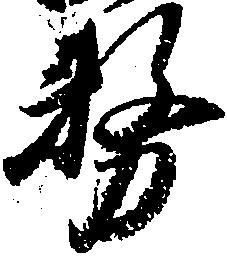
務